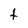
Character: t